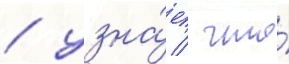
/ узна́ет / что́